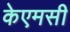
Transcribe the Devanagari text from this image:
केएमसी